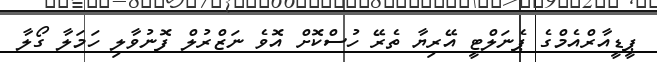
ޕީޑީއާރްއެމްގެ ޕެނަލްޓީ އޭރިޔާ ތެރޭ ހުސްކޮށް އޮވެ ނަޒްރުލް ފޮނުވާލި ހަމަލާ ގޯލާ